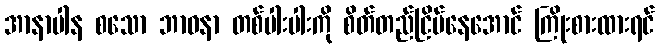
အာနာပါန စသော ဘာဝနာ တစ်ပါးပါးကို စိတ်တည်ငြိမ်နေအောင် ကြိုးစားထားရင်